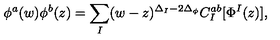
\phi ^ { a } ( w ) \phi ^ { b } ( z ) = { \sum _ { I } } ( w - z ) ^ { \Delta _ { I } - 2 \Delta _ { \phi } } C _ { I } ^ { a b } [ \Phi ^ { I } ( z ) ] ,